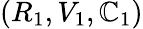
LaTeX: \left(R_{1},V_{1},\mathbb{C}_{1}\right)